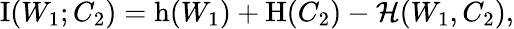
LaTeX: \begin{array}{r}{\operatorname{I}(W_{1};C_{2})=\operatorname{h}(W_{1})+\operatorname{H}(C_{2})-\mathcal{H}(W_{1},C_{2}),}\end{array}